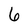
Character: 6